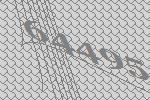
64495